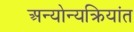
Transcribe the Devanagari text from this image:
अन्योन्यक्रियांत